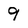
Character: 9